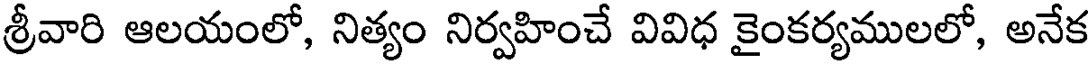
శ్రీవారి ఆలయంలో, నిత్యం నిర్వహించే వివిధ కైంకర్యములలో, అనేక